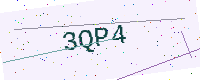
Text: 3QP4